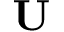
\mathbf { U }